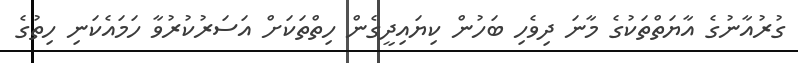
ގުރުއާނުގެ އާޔަތްތަކުގެ މާނަ ދިވެހި ބަހުން ކިޔައިދީގެން ހިތްތަކަށް އަސަރުކުރުވާ ހަމައެކަނި ހިތުގެ